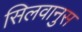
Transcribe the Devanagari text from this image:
सिलवानुस